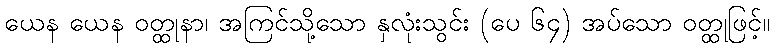
ယေန ယေန ဝတ္ထုနာ၊ အကြင်သို့သော နှလုံးသွင်း (ပေ ၆၄) အပ်သော ဝတ္ထုဖြင့်။